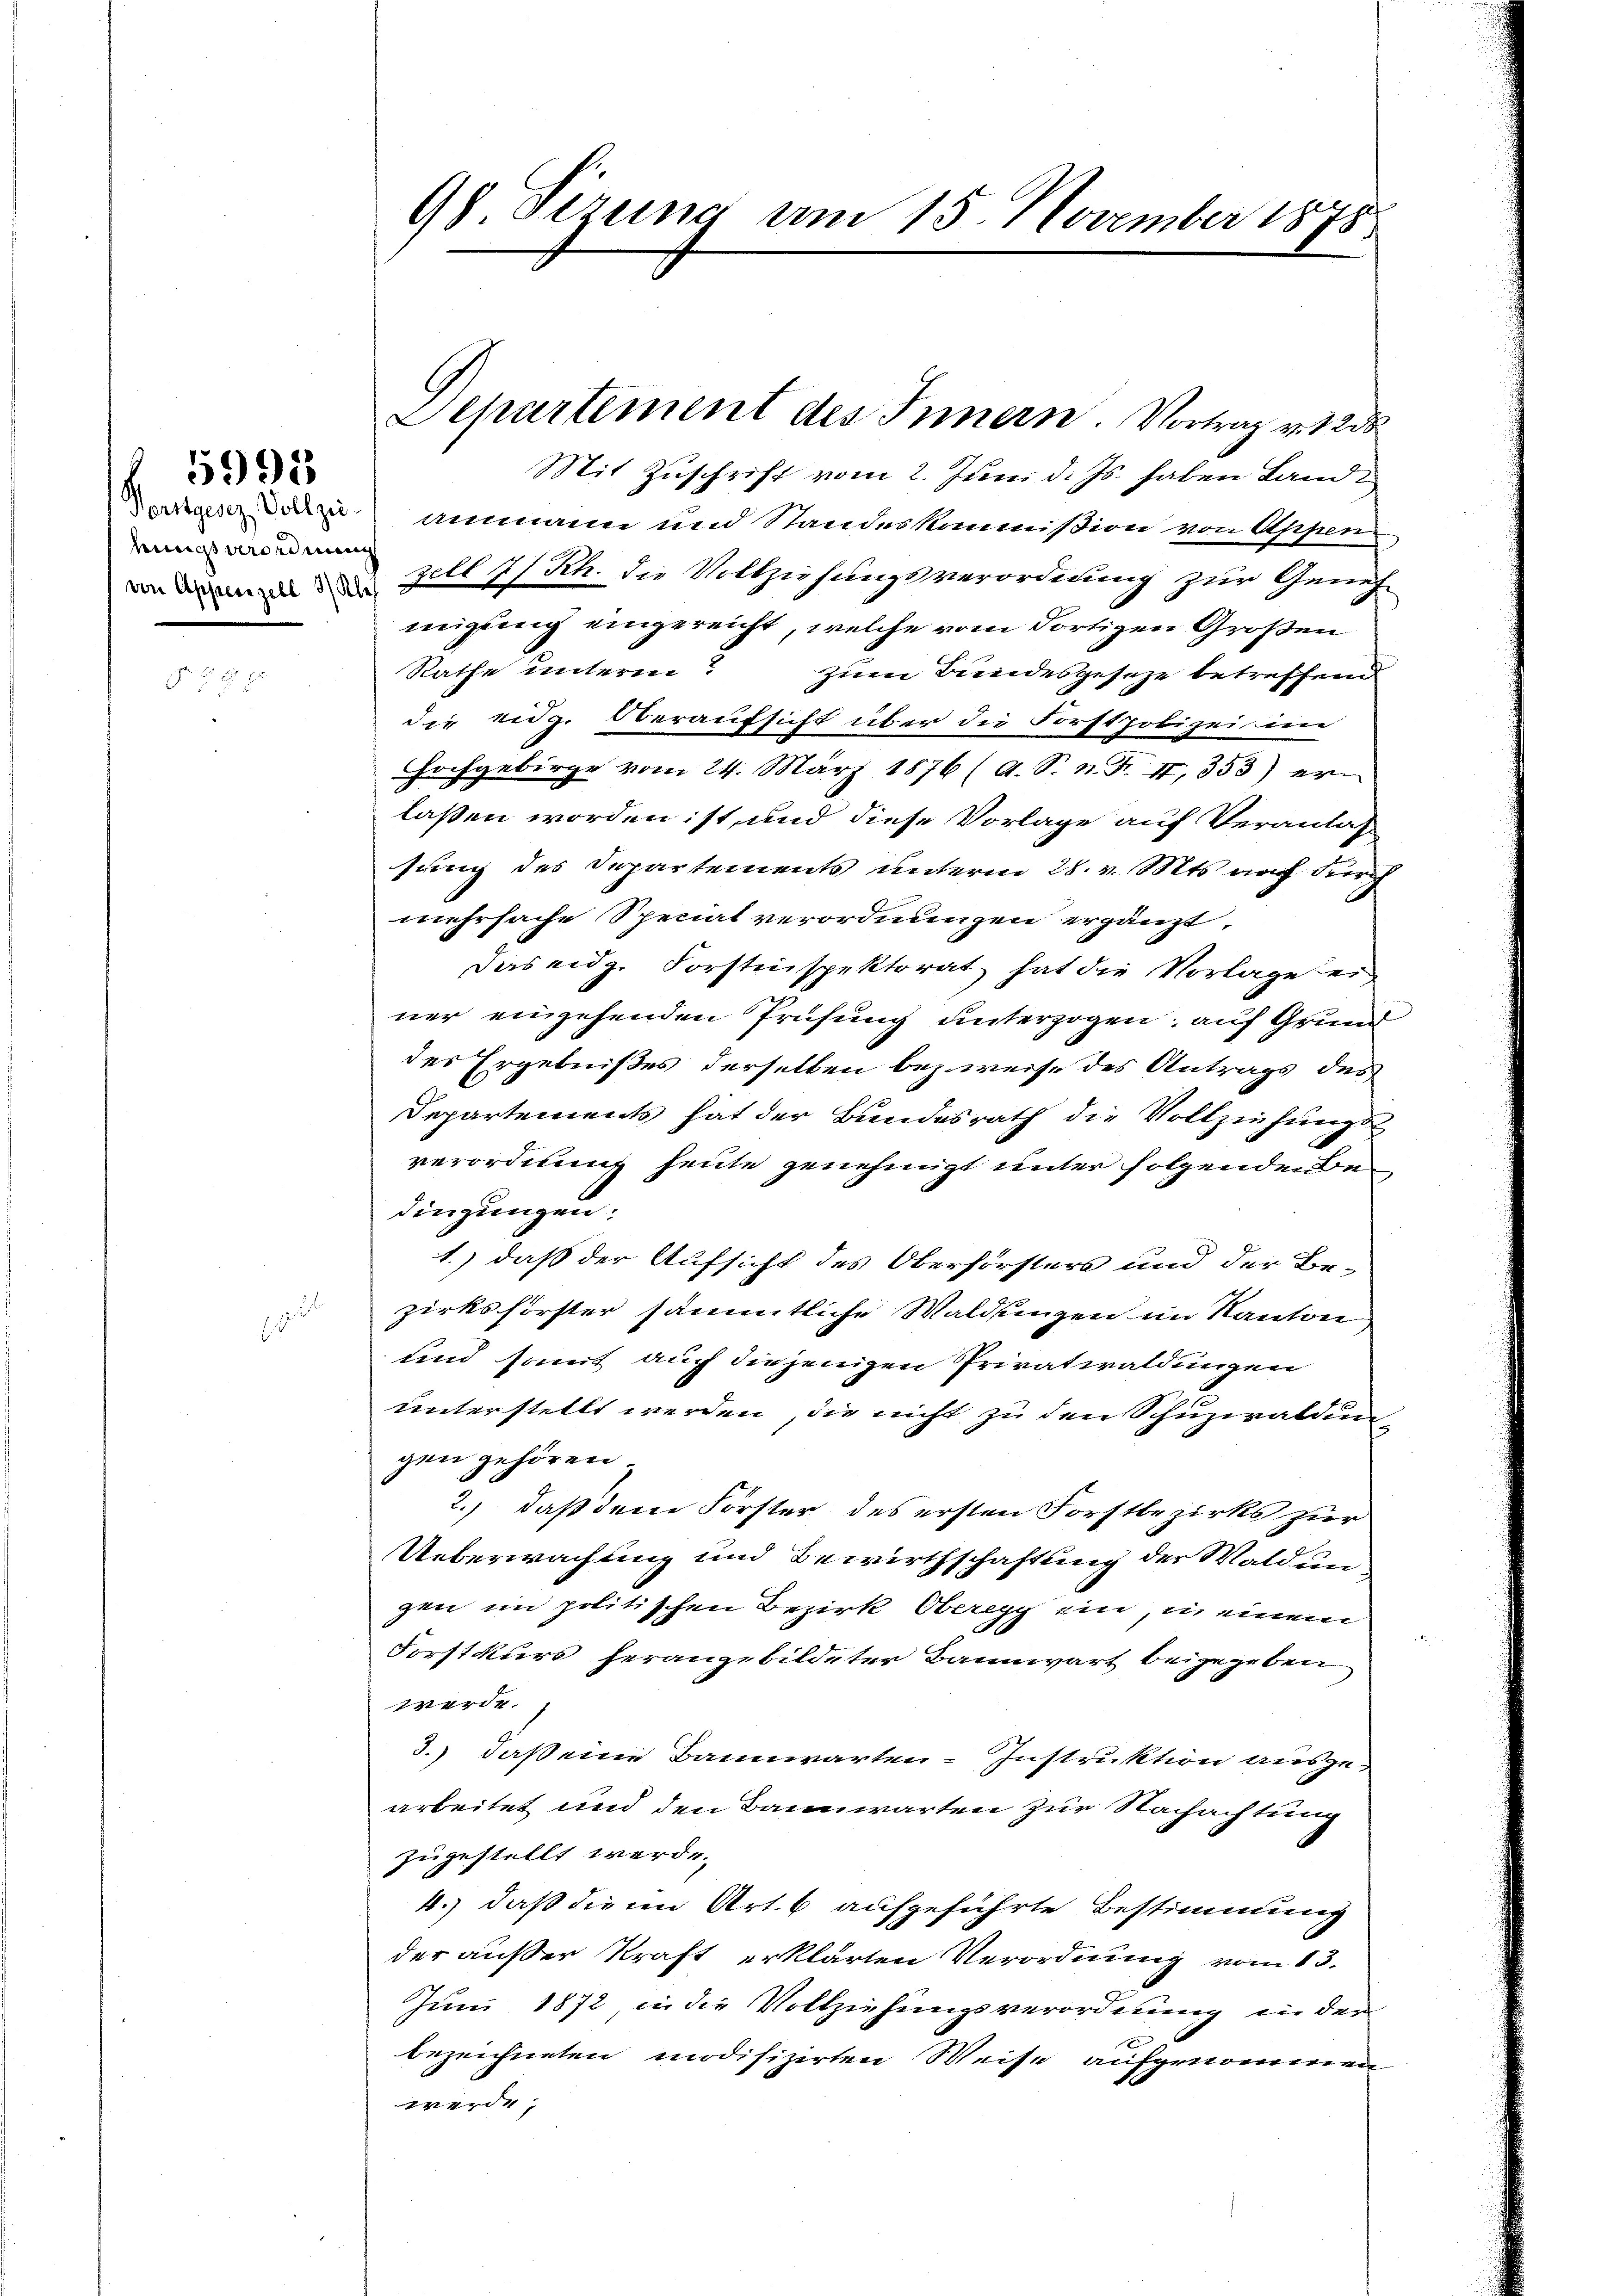
eines Verordnung

5991

98 Firung am 15. November 1878

Doges dazu ammann und Standeskommißion von Appen
von die Zillsch Rh. die Vollziehungsverordnung zur Geneh-
migung eingereicht, welche vom dortigen Großen
Rathe unterm zum Bundesgeseze betreffend
die eidg. Oberaufsicht über die Forstpolizei im
Hochgebirge vom 24. März 1876 (A. S. n. F. I,353) er-
laßen worden ist, und diese Vorlage auf Verantag
sung des Departements unterm 28. v. Mts. nach durch
mehrfache Speciat verordnungen ergänzt,
Das eidg. Forstinspektorat hat die Vorlage einer einzehenden Prüfung unterzogen, auf Grund
des Ergebnißes derselben bezweise des Antrags des
Departements hat der Bundesrath die Vollziehung
verordnung heute genehmigt unter folgenden Bedingungen:
1.) daß der Aufsicht des Oberförsters und der Bezirksförster sämmtliche Waldungen im Kanton
und somit auch diejenigen Privatwaldungen
unterstellt werden, die nicht zu den Schuzwaldungen gehören,
2.) daß dem Forster des ersten Forstbezirks zur
Ueberwachung und Bewirthschaftung der Waldungen im politischen Bezirk Oberegg ein, in einem
Forstkurs herangebildeter Bannwart beigegeben
werde.
3.) daß eine Bannwarten-Instruktion auszu-
arbeitet und den Bannwarten zur Nachachtung
zugestellt werde.
4.) daß die im Art. 6 aufgeführte Bestimmung
der außer Kraft erklärten Verordnung vom 13.
Juni 1872, in die Vollziehungsverordnung in der
bezeichneten modifizirten Weise aufgenommen
werde,

Departement des Innern. Vortrag v. 1200
Mit Zuschrift vom 2. Juni d. Js. haben Land i